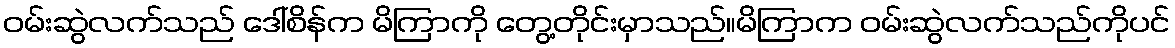
ဝမ်းဆွဲလက်သည် ဒေါ်စိန်က မိကြာကို တွေ့တိုင်းမှာသည်။မိကြာက ဝမ်းဆွဲလက်သည်ကိုပင်